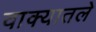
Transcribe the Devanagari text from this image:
वाक्यातले